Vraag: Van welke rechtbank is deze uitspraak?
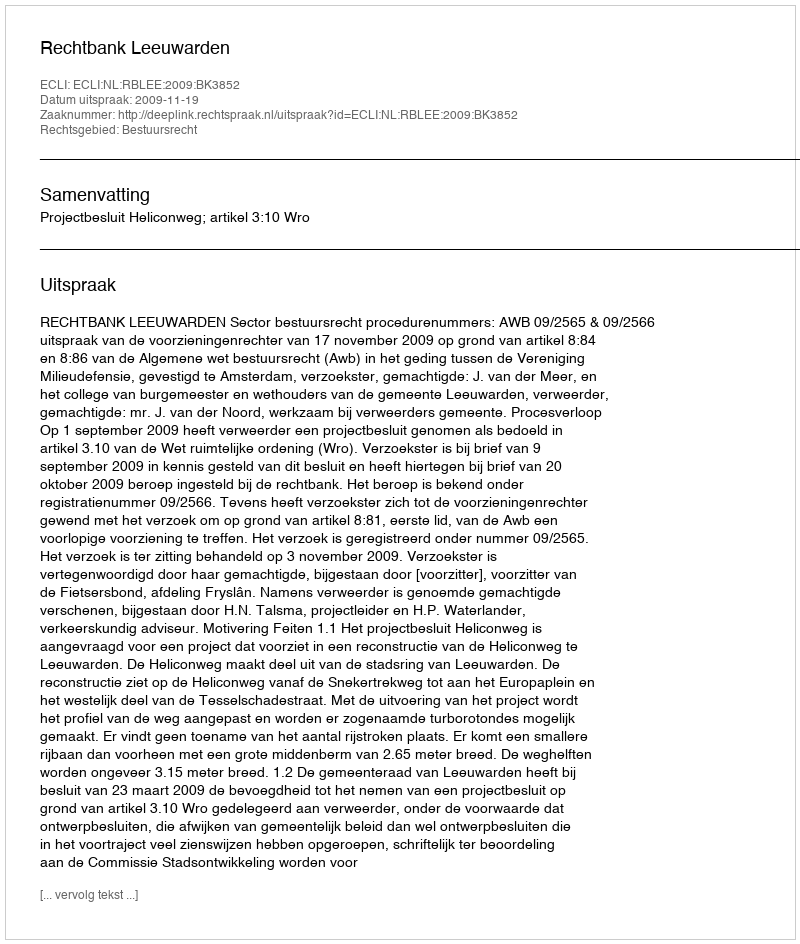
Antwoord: Rechtbank Leeuwarden